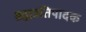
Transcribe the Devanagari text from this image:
ब्रह्मप्रतिपादक